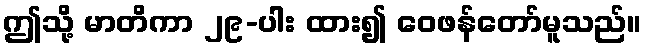
ဤသို့ မာတိကာ ၂၉-ပါး ထား၍ ဝေဖန်တော်မူသည်။